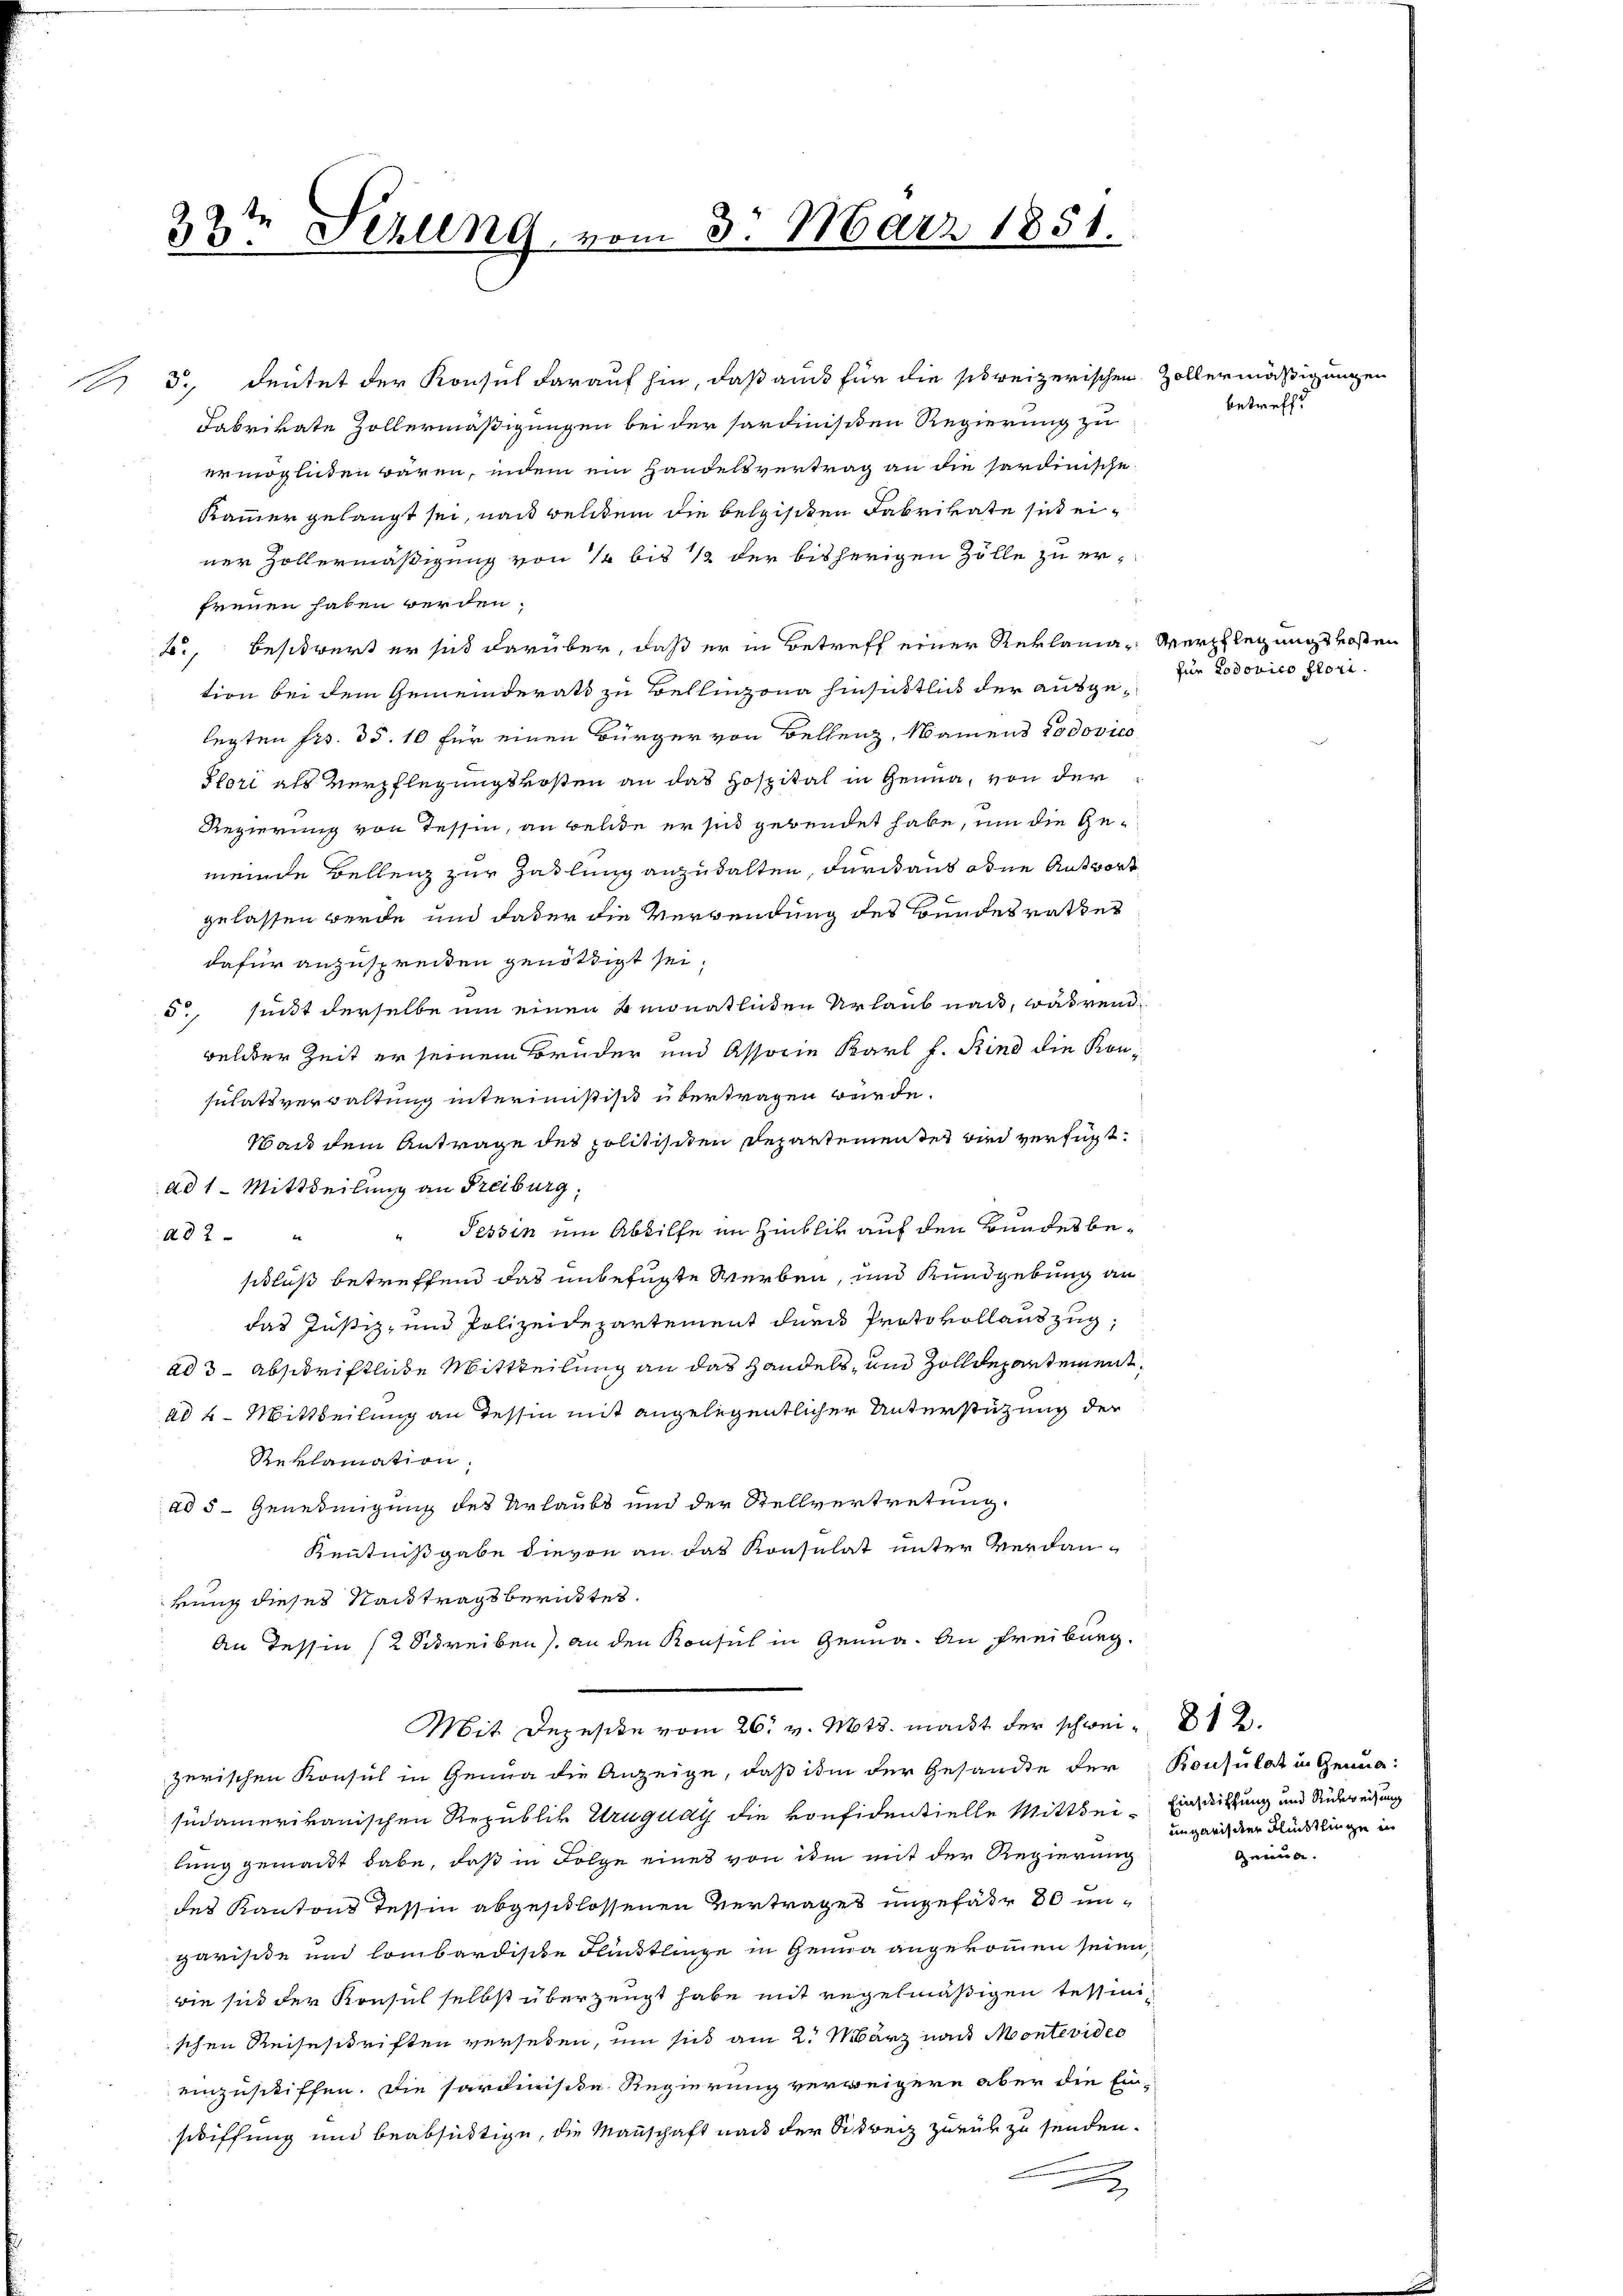
Ar

22ten Fezung vom 3. März 1851.

5., deutet der Konsul darauf hin, daß auch für die schweizerischen
Fabrikate Zollermäßigungen bei der serdinisten Regierung zu
ermöglichen wären, indem ein Handelsvertrag an die sardinische
Kammer gelangt sei, nach welchem die belgischen Fabrikate sich einer Zollermäßigung von 1 bis 1 1/2 der bisherigen Zölle zu erfreuen haben werden.
b., beschwert er sich darüber, daß er in Betreff einer Reklama- Verpflegungskosten
tion bei dem Gemeinderath zu Bellinzona Hinsittlich der ausgelegten Frs. 35. 10 für einen Bürger von Bellenz, Namens Podovico
Pfort als Verpflegungskosten an das Hospital in Genua, von der
Regierung von Tessin, an beide er sind gebendet habe, um die Gemeinde Bellenz zur Zahlung anzuhalten, durchaus ohne Antwort
gelassen werde und daber die Verwendung des Bundesrathes
dafür anzuspreiden genöthigt sei.
5., sindt derselbe um einen monatliden Urlaub nach, während
welker Zeit er seinem Brüder und Associe Karl f. Rind die Konsulatsverwaltung interimistist übertragen würde.
Wand dem Antrage des politischen Departementes wird verfügt:
ad 1. Mittheilung an Freiburg,
Tessin um Abhilfe im Hinblik auf den Bundesbead 2
be
sidluß betreffend das unbefugte Werben, und Rundgebung an
das Justiz- und Polizeidepartement durch Protokollauszug,
ad 3 Abschriftliche Mittheilung an das Handels, und Zolldepartement,
ad 4. Mittheilung an dessin mit angelegentlicher Unterstützung der
Reklamation
ad 5 - Genehmigung des Urlaubs und der Stellvertretung,
Kenntnißgabe dievon an das Konsulat unter Verdankung dieses Nachtragsberichtes.
An Tessin (2 Schreiben) an den Konsul in Genua. An Freiburg.
Mit Depeste vom 26. v. Mts. macht der schweizerischen Konsul in Genua die Anzeige, daß ihm der Gesandte der
sudamerikanischen Republik Uruguay die vonfidentielle Mittheilung gemacht habe, daß in Folge eines von ihm mit der Regierung
des Kantons Tessin abgeschlossenen Vertrages ungefähr 30 ungarisite und lombardische Flintlinge in Genua angekommen seien,
wie sich der Konsul selbst überzeugt habe mit regelmäßigen Tessiniischen Reiseschriften versehen, um sich am 2. März nach Montevideo
einzuschiffen. Die Sardiniste Regierung verweigern aber die Ein-
schiffung und beabsichtige, die Manschaft nach der Schweiz zurük zu senden.
x

Zöllermäßigungen
betreffe

zur Todorico flori.

812.
Konsulat in Genug:
Einschiffung und Rückweisung
ungaris der Flüchtlinge in
Genug.